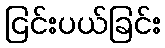
ငြင်းပယ်ခြင်း